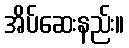
အိပ်ဆေးနည်း။